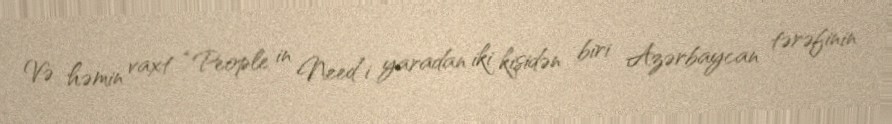
Və həmin vaxt “People in Need”i yaradan iki kişidən biri Azərbaycan tərəfinin